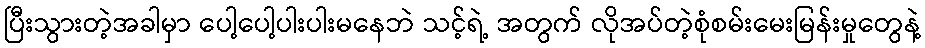
ပြီးသွားတဲ့အခါမှာ ပေါ့ပေါ့ပါးပါးမနေဘဲ သင့်ရဲ့ အတွက် လိုအပ်တဲ့စုံစမ်းမေးမြန်းမှုတွေနဲ့